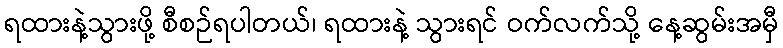
ရထားနဲ့သွားဖို့ စီစဉ်ရပါတယ်၊ ရထားနဲ့ သွားရင် ဝက်လက်သို့ နေ့ဆွမ်းအမှီ